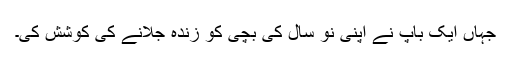
جہاں ایک باپ نے اپنی نو سال کی بچی کو زندہ جلانے کی کوشش کی۔